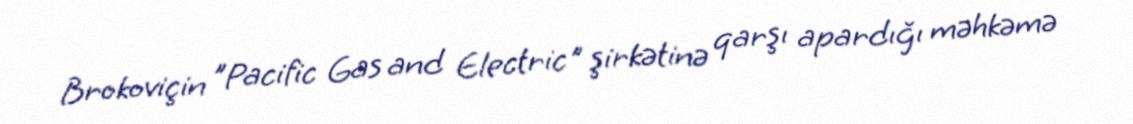
Brokoviçin "Pacific Gas and Electric" şirkətinə qarşı apardığı məhkəmə